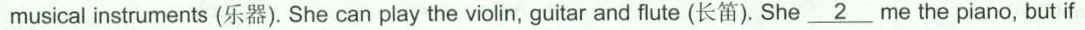
musical instruments (乐器). She can play the violin, guitar and flute (长笛). She\underline{ 2}me the piano, but if